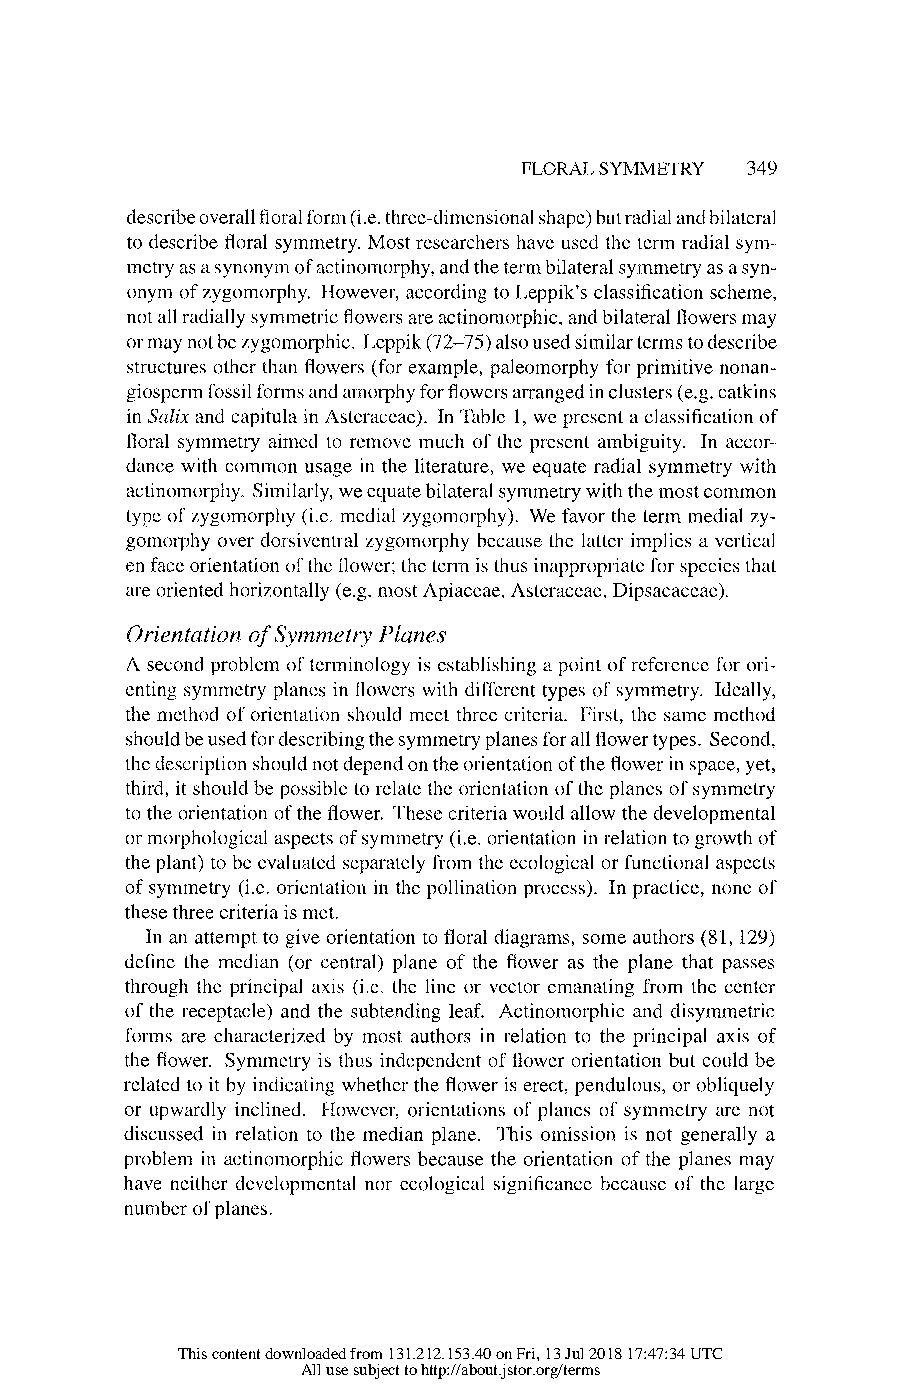
FLORAL SYMMETRY 349
 describe overall floral form (i.e. three-dimensional shape) but radial and bilateral
 to describe floral symmetry. Most researchers have used the term radial sym-
 metry as a synonym of actinomorphy, and the term bilateral symmetry as a syn-
 onym of zygomorphy. However, according to Leppik's classification scheme,
 not all radially symmetric flowers are actinomorphic, and bilateral flowers may
 or may not be zygomorphic. Leppik (72-75) also used similar terms to describe
 structures other than flowers (for example, paleomorphy for primitive nonan-
 giosperm fossil forms and amorphy for flowers arranged in clusters (e.g. catkins
 in Salix and capitula in Asteraceae). In Table 1, we present a classification of
 floral symmetry aimed to remove much of the present ambiguity. In accor-
 dance with common usage in the literature, we equate radial symmetry with
 actinomorphy. Similarly, we equate bilateral symmetry with the most common
 type of zygomorphy (i.e. medial zygomorphy). We favor the term medial zy-
 gomorphy over dorsiventral zygomorphy because the latter implies a vertical
 en face orientation of the flower; the term is thus inappropriate for species that
 are oriented horizontally (e.g. most Apiaceae, Asteraceae, Dipsacaceae).
 Orientation of Symmetry Planes
 A second problem of terminology is establishing a point of reference for ori-
 enting symmetry planes in flowers with different types of symmetry. Ideally,
 the method of orientation should meet three criteria. First, the same method
 should be used for describing the symmetry planes for all flower types. Second,
 the description should not depend on the orientation of the flower in space, yet,
 third, it should be possible to relate the orientation of the planes of symmetry
 to the orientation of the flower. These criteria would allow the developmental
 or morphological aspects of symmetry (i.e. orientation in relation to growth of
 the plant) to be evaluated separately from the ecological or functional aspects
 of symmetry (i.e. orientation in the pollination process). In practice, none of
 these three criteria is met.
 In an attempt to give orientation to floral diagrams, some authors (81, 129)
 define the median (or central) plane of the flower as the plane that passes
 through the principal axis (i.e. the line or vector emanating from the center
 of the receptacle) and the subtending leaf. Actinomorphic and disymmetric
 forms are characterized by most authors in relation to the principal axis of
 the flower. Symmetry is thus independent of flower orientation but could be
 related to it by indicating whether the flower is erect, pendulous, or obliquely
 or upwardly inclined. However, orientations of planes of symmetry are not
 discussed in relation to the median plane. This omission is not generally a
 problem in actinomorphic flowers because the orientation of the planes may
 have neither developmental nor ecological significance because of the large
 number of planes.
 This content downloaded from 131.212.153.40 on Fri, 13 Jul 2018 17:47:34 UTC
 All use subject to http://about.jstor.org/terms